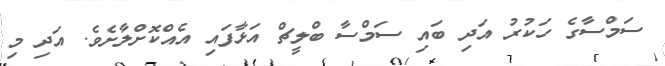
ސަމްސާގެ ހަކުރު އަދި ބައި ސަމްސާ ބްލީޗް އަޅާފައި އެއްކޮށްލާށެވެ. އަދި މި